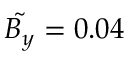
\tilde { B _ { y } } = 0 . 0 4